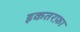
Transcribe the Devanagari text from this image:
इकतरफ़ा